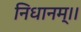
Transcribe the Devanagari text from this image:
निधानम्।।